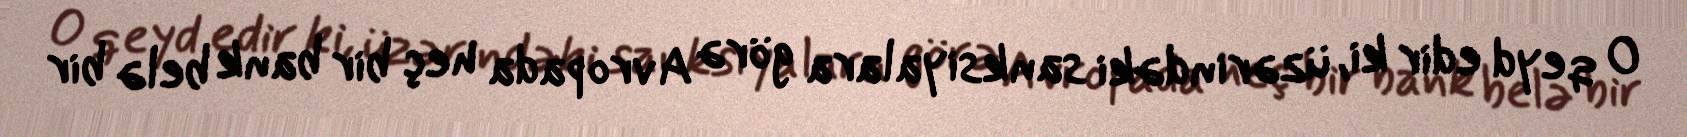
O qeyd edir ki, üzərindəki sanksiyalara görə Avropada heç bir bank belə bir